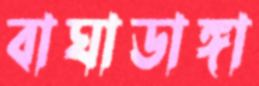
বাঘাডাঙ্গা